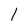
Character: 1